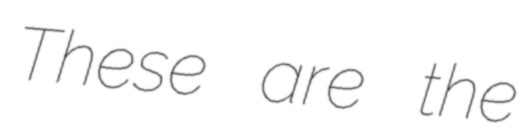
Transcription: These are the